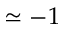
\simeq - 1